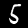
Digit: 5